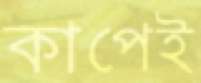
কাপেই